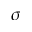
\sigma